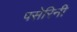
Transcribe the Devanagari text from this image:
पसेरिनी